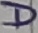
Text: D